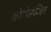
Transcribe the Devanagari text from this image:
कोप्पेरुंजिग